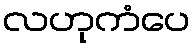
လဟုကံပေ